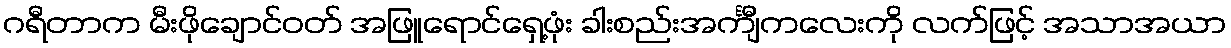
ဂရီတာက မီးဖိုချောင်ဝတ် အဖြူရောင်ရှေ့ဖုံး ခါးစည်းအင်္ကျီကလေးကို လက်ဖြင့် အသာအယာ